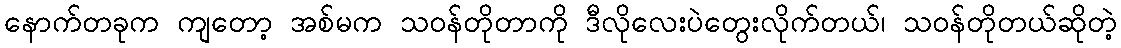
နောက်တခုက ကျတော့ အစ်မက သဝန်တိုတာကို ဒီလိုလေးပဲတွေးလိုက်တယ်၊ သဝန်တိုတယ်ဆိုတဲ့